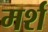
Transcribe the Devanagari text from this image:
मर्श